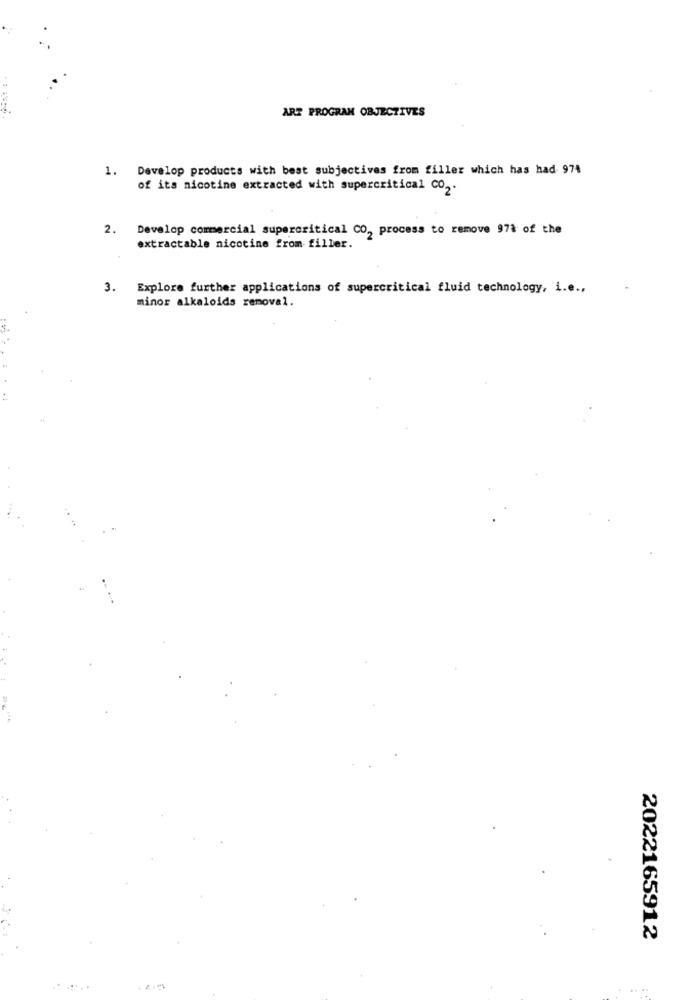
ART PROGRAM OBJECTIVES
1. Develop products with best subjectives from filler which has had 974
of its nicotine extracted with supercritical Co2.
2.
Develop commercial supercritical CO, process to remove 97% of the
extractable nicotine from filler.
3. Explore further applications of supercritical fluid technology, i.e .,
minor alkaloids removal.
2022165912